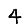
Digit: 4